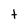
Character: t